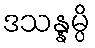
ဒသန္နမ္ပိ